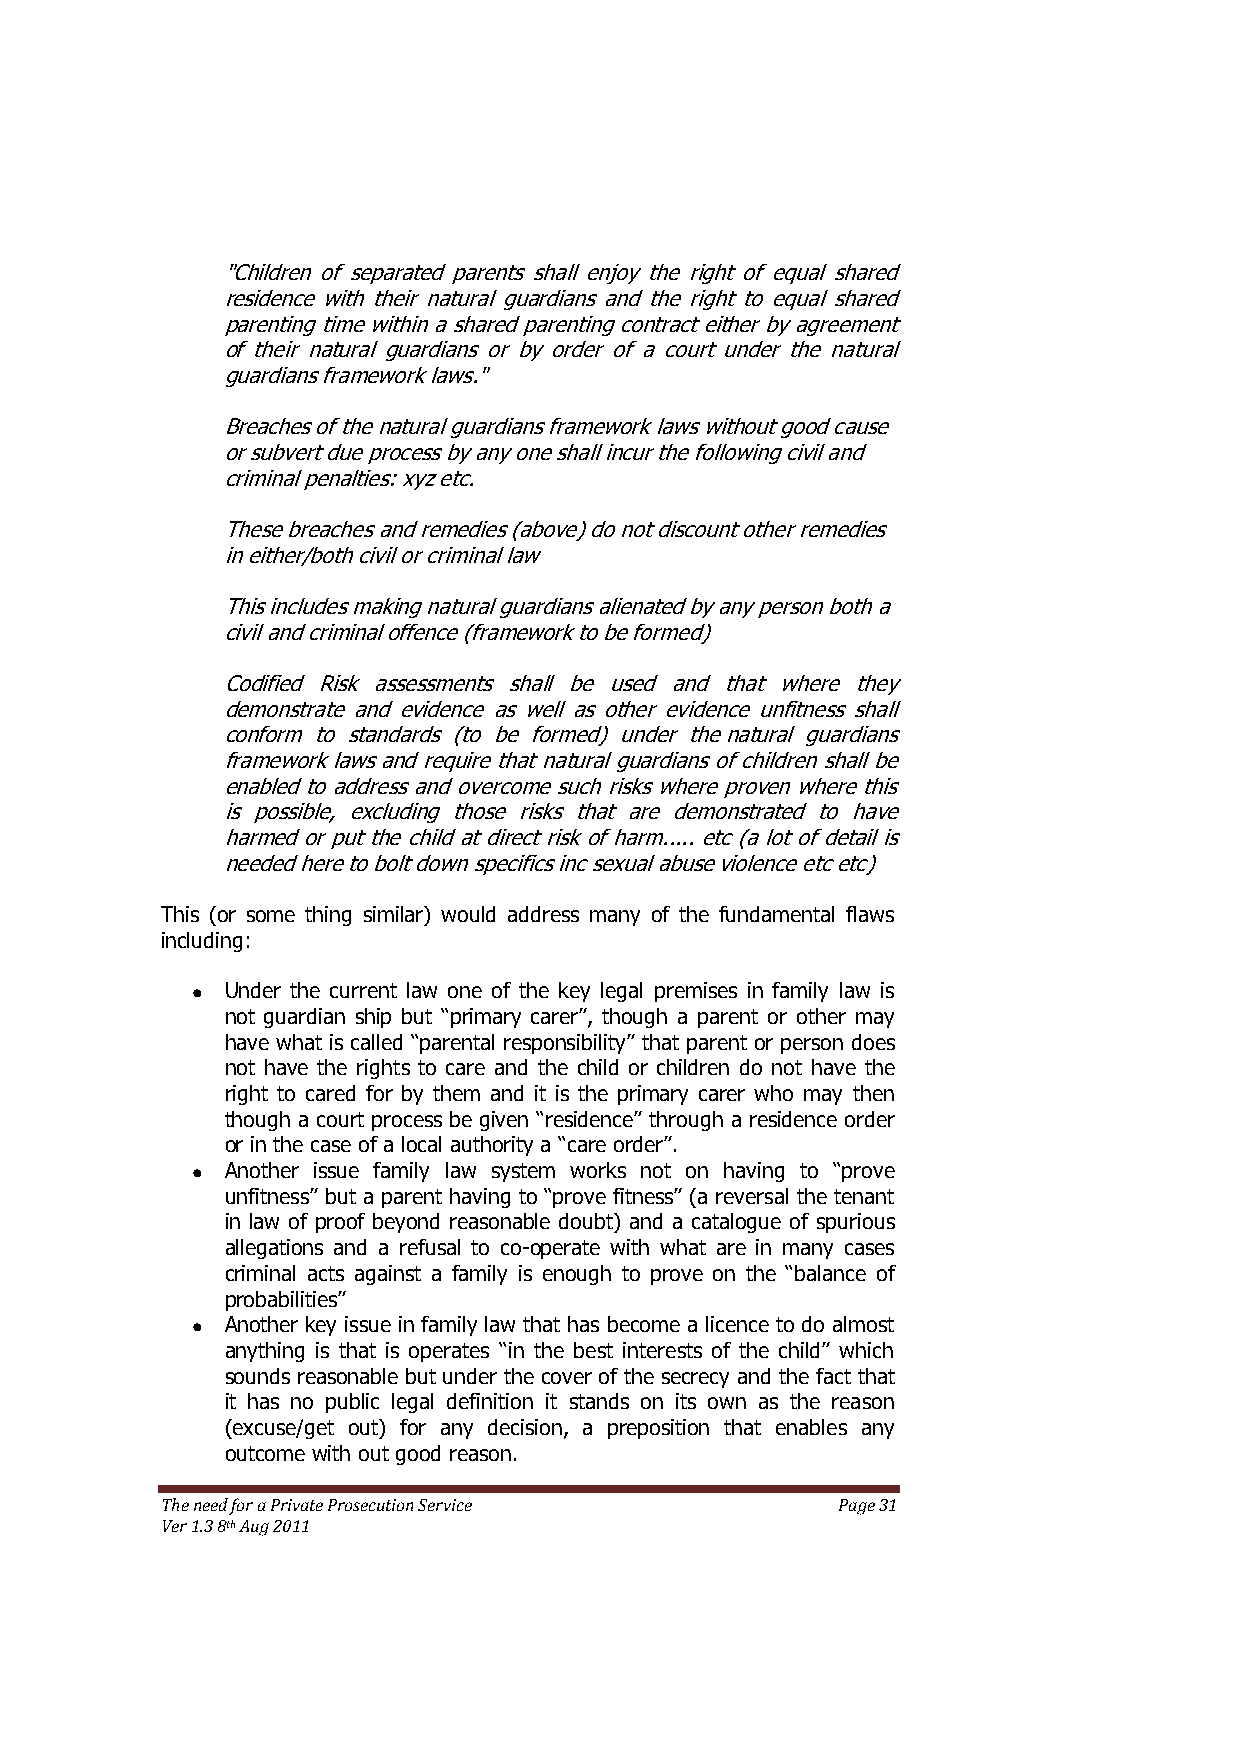
"Children of separated parents shall enjoy the right of equal shared
 residence with their natural guardians and the right to equal shared
 parenting time within a shared parenting contract either by agreement
 of their natural guardians or by order of a court under the natural
 guardians framework laws."
 Breaches of the natural guardians framework laws without good cause
 or subvert due process by any one shall incur the following civil and
 criminal penalties: xyz etc.
 These breaches and remedies (above) do not discount other remedies
 in either/both civil or criminal law
 This includes making natural guardians alienated by any person both a
 civil and criminal offence (framework to be formed)
 Codified Risk assessments shall be used and that where they
 demonstrate and evidence as well as other evidence unfitness shall
 conform to standards (to be formed) under the natural guardians
 framework laws and require that natural guardians of children shall be
 enabled to address and overcome such risks where proven where this
 is possible, excluding those risks that are demonstrated to have
 harmed or put the child at direct risk of harm..... etc (a lot of detail is
 needed here to bolt down specifics inc sexual abuse violence etc etc)
 This (or some thing similar) would address many of the fundamental flaws
 including:
 Under the current law one of the key legal premises in family law is
 not guardian ship but ―primary carer‖, though a parent or other may
 have what is called ―parental responsibility‖ that parent or person does
 not have the rights to care and the child or children do not have the
 right to cared for by them and it is the primary carer who may then
 though a court process be given ―residence‖ through a residence order
 or in the case of a local authority a ―care order‖.
 Another issue family law system works not on having to ―prove
 unfitness‖ but a parent having to ―prove fitness‖ (a reversal the tenant
 in law of proof beyond reasonable doubt) and a catalogue of spurious
 allegations and a refusal to co-operate with what are in many cases
 criminal acts against a family is enough to prove on the ―balance of
 probabilities‖
 Another key issue in family law that has become a licence to do almost
 anything is that is operates ―in the best interests of the child‖ which
 sounds reasonable but under the cover of the secrecy and the fact that
 it has no public legal definition it stands on its own as the reason
 (excuse/get out) for any decision, a preposition that enables any
 outcome with out good reason.
 The need for a Private Prosecution Service  Page 31
 Ver 1.3 8th Aug 2011